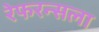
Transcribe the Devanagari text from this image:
रेफरन्सला